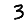
Digit: 3